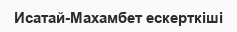
Исатай-Махамбет ескерткіші